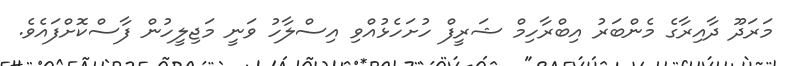
މަރަދޫ ދާއިރާގެ މެންބަރު އިބްރާހިމް ޝަރީފް ހުށަހެޅުއްވި އިސްލާހު ވަނީ މަޖިލީހުން ފާސްކޮށްފައެވެ.